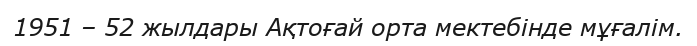
1951 – 52 жылдары Ақтоғай орта мектебінде мұғалім.